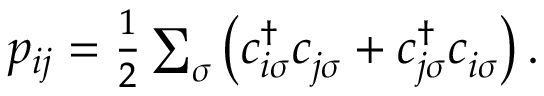
\begin{array} { r } { p _ { i j } = \frac { 1 } { 2 } \sum _ { \sigma } \big ( c _ { i \sigma } ^ { \dag } c _ { j \sigma } ^ { \phantom { } } + c _ { j \sigma } ^ { \dag } c _ { i \sigma } ^ { \phantom { } } \big ) \, . } \end{array}